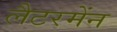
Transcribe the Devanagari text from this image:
लैटरमेंन